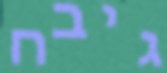
גיבח